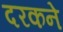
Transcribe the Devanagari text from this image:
दरकने